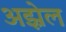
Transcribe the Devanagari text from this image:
अझ्रेल